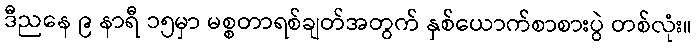
ဒီညနေ ၉ နာရီ ၁၅မှာ မစ္စတာရစ်ချတ်အတွက် နှစ်ယောက်စာစားပွဲ တစ်လုံး။